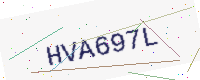
Text: HVA697L